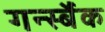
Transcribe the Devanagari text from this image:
गर्न्स्बैक